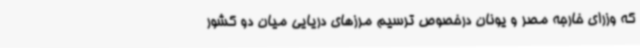
که وزرای خارجه مصر و یونان درخصوص ترسیم مرزهای دریایی میان دو کشور